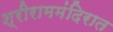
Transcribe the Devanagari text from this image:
श्रीराममंदिरात